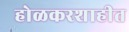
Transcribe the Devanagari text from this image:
होळकरशाहीत